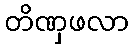
တိဏှဖလာ